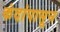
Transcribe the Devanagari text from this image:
कंदांपासून